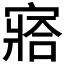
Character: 𡪗